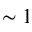
\sim 1